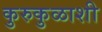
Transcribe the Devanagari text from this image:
कुरुकुळाशी